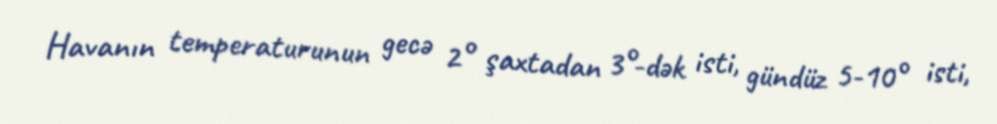
Havanın temperaturunun gecə 2° şaxtadan 3°-dək isti, gündüz 5-10° isti,